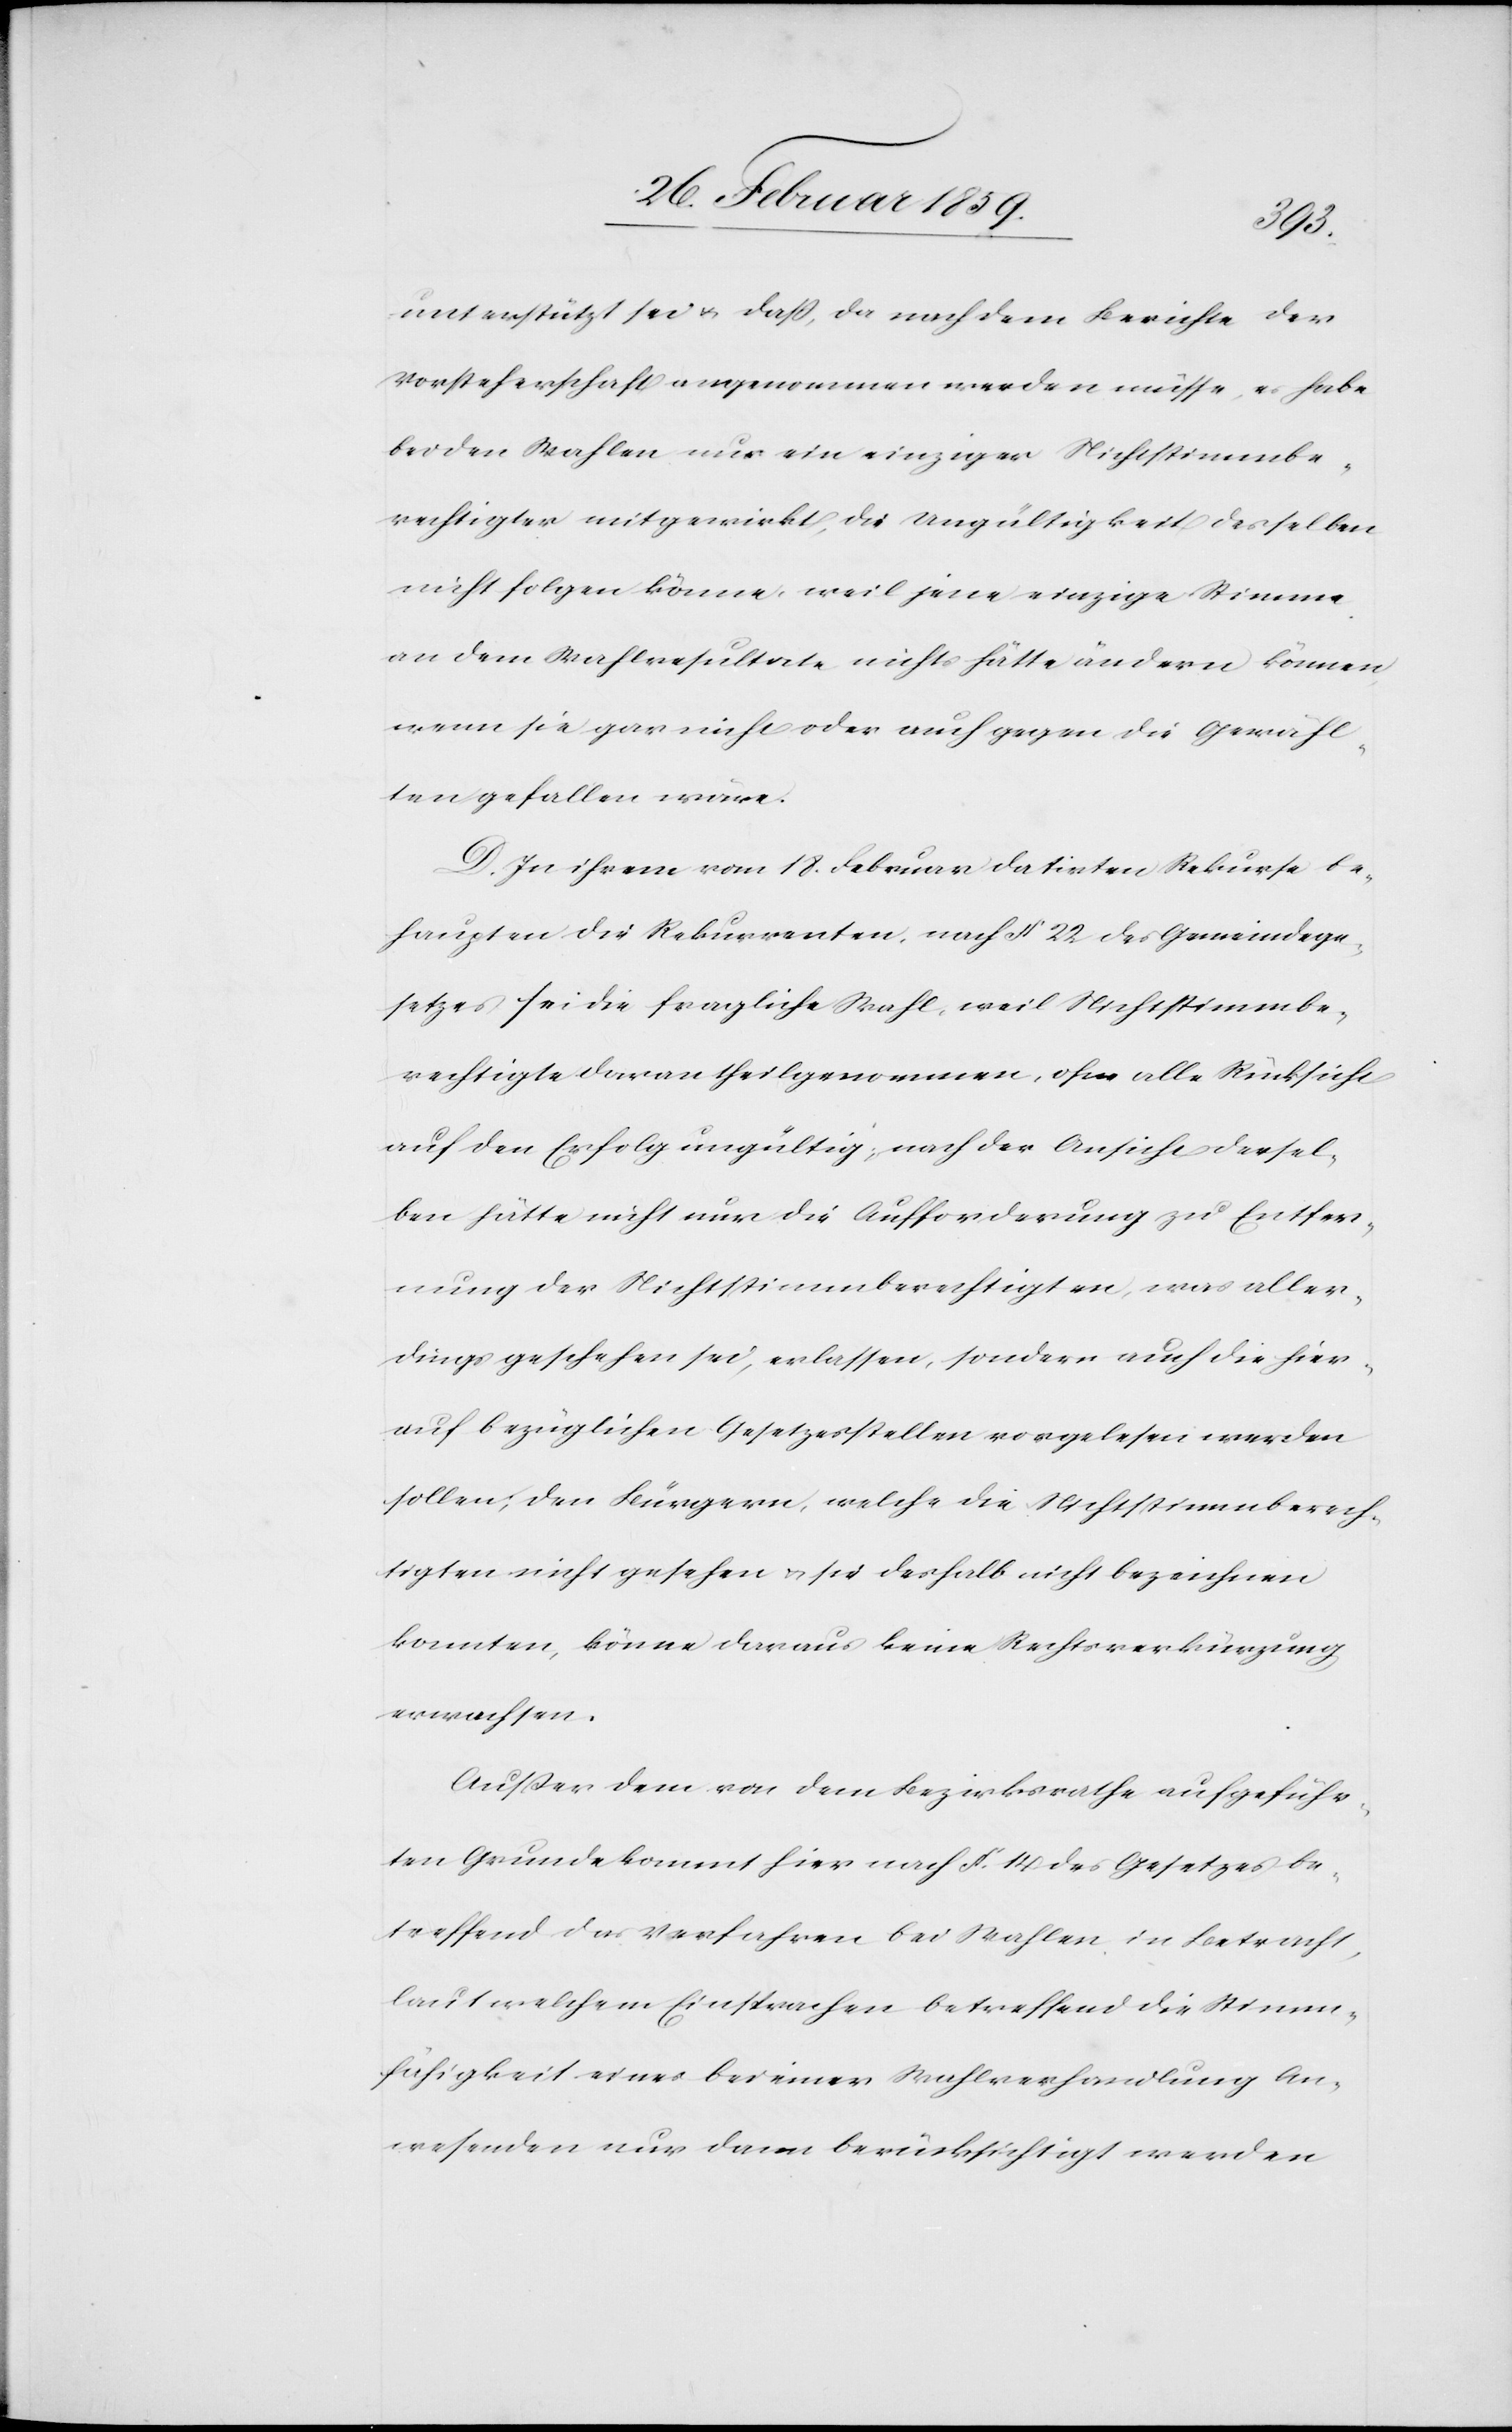
unterstützt sei u. daß, da nach dem Berichte der
Vorsteherschaft angenommen werden müsse, es habe
bei den Wahlen nur ein einziger Nichtstimmbe¬
rechtigter mitgewirkt, die Ungültigkeit desselben
nicht folgen könne, weil jene einzige Stimme
an dem Wahlresultate nichts hätte ändern können,
wenn sie gar nicht oder auch gegen die Gewähl¬
ten gefallen wäre.
D. In ihrem vom 18. Februar datirten Rekurse be¬
haupten die Rekurrenten, nach § 22 des Gemeindege¬
setzes sei die fragliche Wahl, weil Nichtstimmbe¬
rechtigte daran theilgenommen, ohne alle Rücksicht
auf den Erfolg ungültig; nach der Ansicht dersel¬
ben hätte nicht nur die Aufforderung zu Entfer¬
nung der Nichtstimmberechtigten, was aller¬
dings geschehen sei, erlassen, sondern auch die hier¬
auf bezüglichen Gesetzesstellen vorgelesen werden
sollen; den Bürgern, welche die Nichtstimmberech¬
tigten nicht gesehen u. sie deshalb nicht bezeichnen
konnten, könne daraus keine Rechtsverkürzung
erwachsen.
Außer dem von dem Bezirksrathe aufgeführ¬
ten Grunde kommt hier nach §. 14 des Gesetzes be¬
treffend das Verfahren bei Wahlen in Betracht,
laut welchem Einsprachen betreffend die Stimm¬
fähigkeit eines bei einer Wahlverhandlung An¬
wesenden nur dann berücksichtigt werden